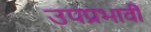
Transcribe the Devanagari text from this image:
उपप्रभावी